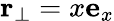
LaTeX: \mathbf{r}_{\perp}=x\mathbf{e}_{x}